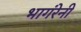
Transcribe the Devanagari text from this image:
भागंरेनी